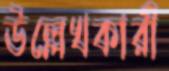
উল্লেখকারী